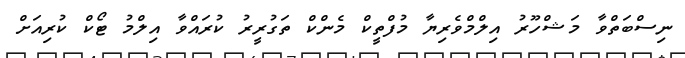
ނިސްބަތްވާ މަޝްހޫރު އިލްމްވެރިޔާ މުފްތީކް މެންކް ތަގުރީރު ކުރައްވާ އިލްމު ޓޯކް ކުރިއަށް